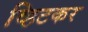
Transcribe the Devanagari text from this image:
व्हिटकर